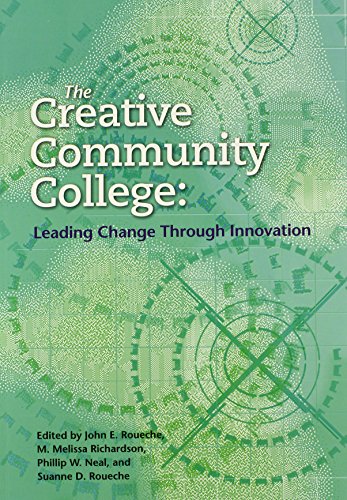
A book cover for The Creative Community College: Leading Change Through Innovation; Education & Teaching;